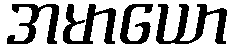
အမာယော